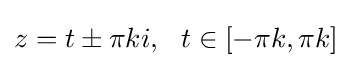
z=t\pm \pi ki,\ \ t\in [-\pi k,\pi k]